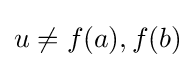
u\neq f(a),f(b)